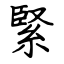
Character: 緊